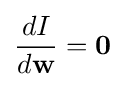
{\frac {dI}{d\mathbf {w} }}=\mathbf {0}